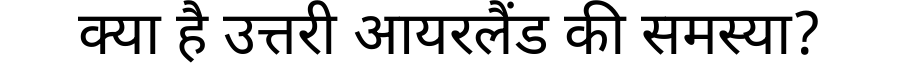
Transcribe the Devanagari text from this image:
क्या है उत्तरी आयरलैंड की समस्या?